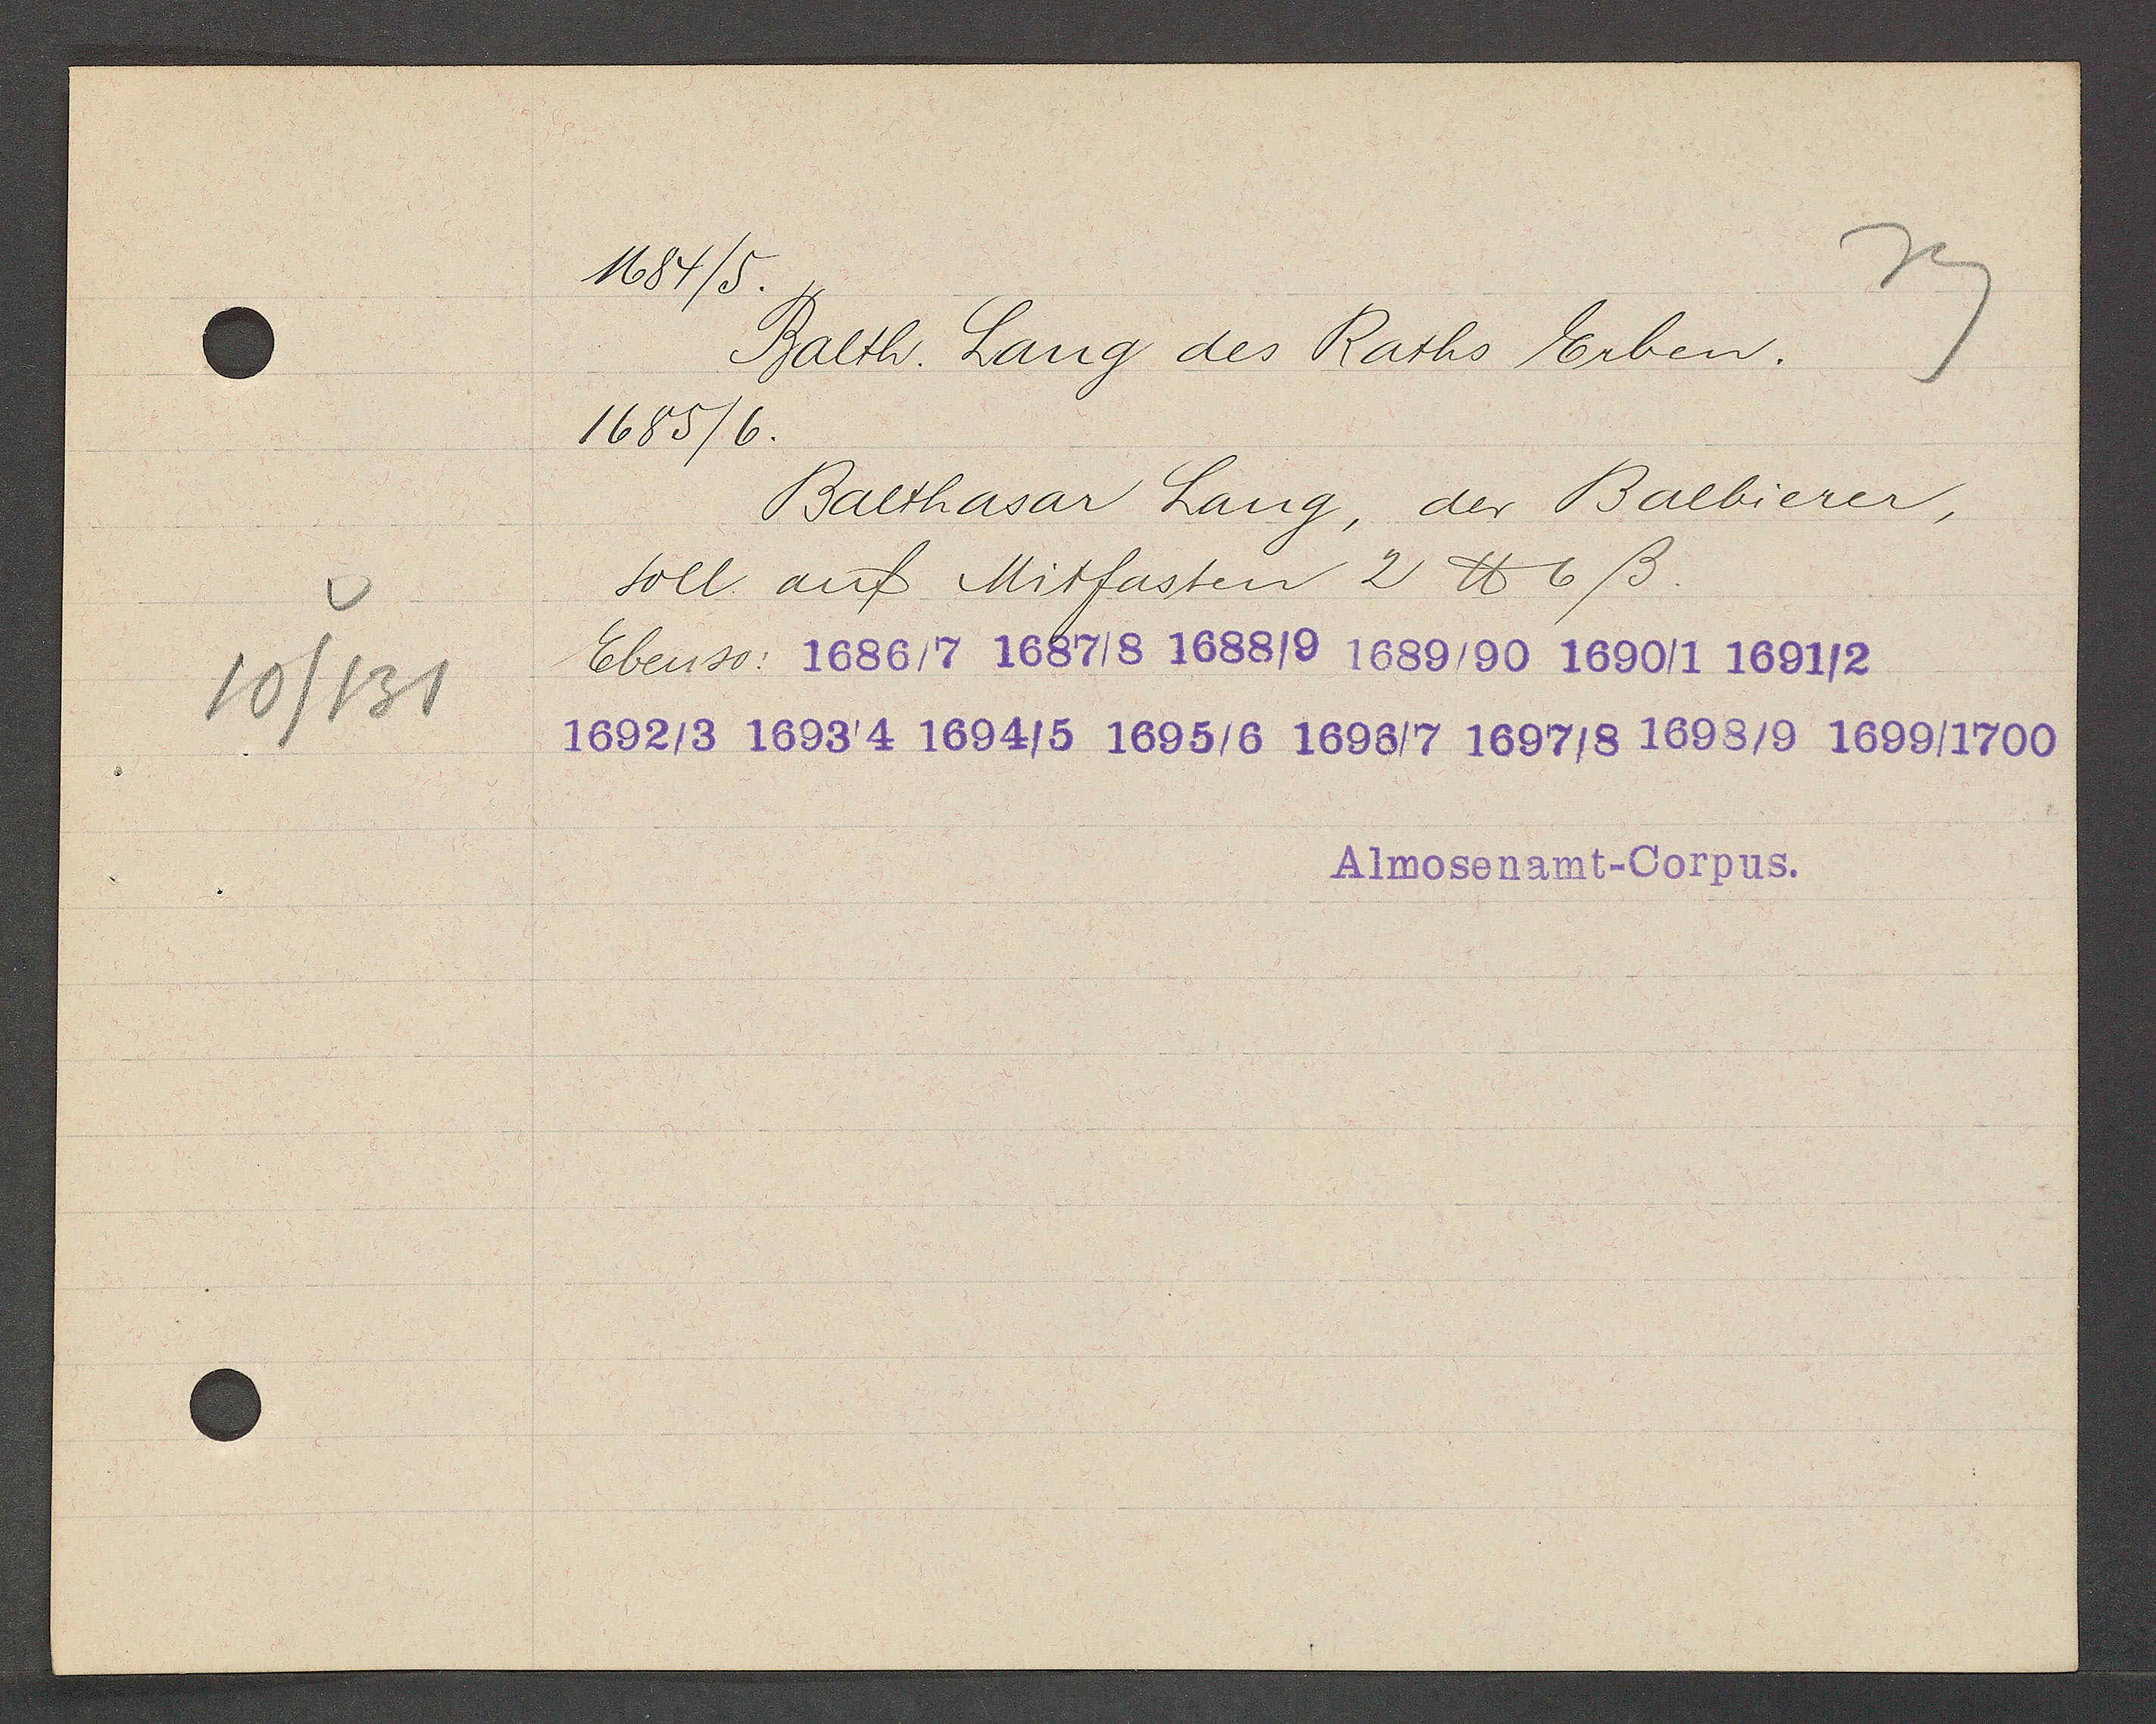
Transcript:
10/131

1684/5.

Balth. Lang des Raths Erben.
1685/6.
Balthasar Lang, der Balbierer,
soll auf Mitfasten 2 ℔ 6ß.
Ebenso: 1686/7 1687/8 1688/9 1689/90 1690/1 1691/2
1692/3 1693/4 1694/5 1695/6 1696/7 1697/8 1698/9 1699/1700

Almosenamt-Corpus.